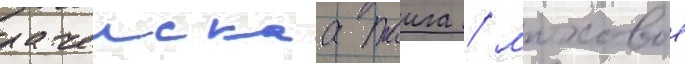
рачеискаа таига / моховое